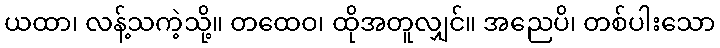
ယထာ၊ လန့်သကဲ့သို့။ တထေဝ၊ ထိုအတူလျှင်။ အညေပိ၊ တစ်ပါးသော